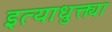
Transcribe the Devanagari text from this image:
इत्याधुक्त्या